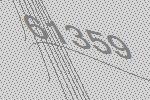
61359